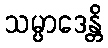
သမ္ပာဒေန္တိ